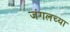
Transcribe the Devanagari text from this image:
जंगलच्या